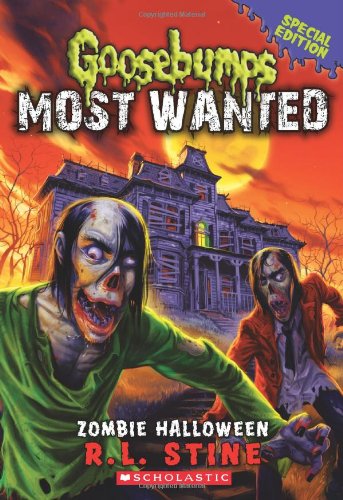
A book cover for Goosebumps Most Wanted Special Edition #1: Zombie Halloween; R.L. Stine; Children's Books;